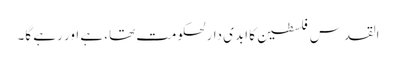
القدس فلسطین کا ابدی دارلحکومت تھا، ہے اور رہے گا۔